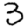
Digit: 3